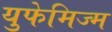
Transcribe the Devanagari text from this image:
युफेमिज्म